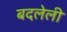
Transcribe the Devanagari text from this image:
बदलेली